Report of the Municipal Commissioner on the plague in Bombay for the year ending 31st May... - Volume 3
Disease focus: Plague
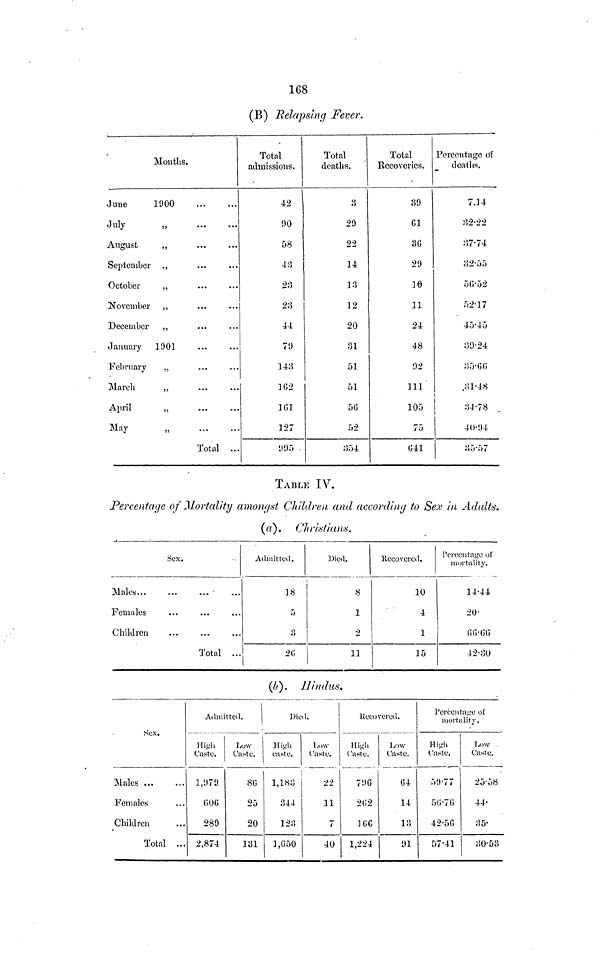
168
(B) Relapsing Fever.
Months.
June
1900
July
„
August
„
September .,
October
„
November ,,
December
,,
January
1901
February
.,
March
,,
April
„
May
„
Total ...
Total
admissions.
•
42
90
58
43
23
23
44.
79
143
162
161
327
995)
Total
deaths.
3
29
22
14
33
12
20
31
51
51
50
52
354
Total
Recoveries.
39
01
30
29
30
31
24
48
92
111
105
75
041
Percentage o~i!
deaths.
7.34
32-22
37-74
32-55
50-52
52-17
45-45
39-24
35-00
.31-48
3J-78
40-94
35-57
TABLE IV.
Percentage of Mortality amongst Children and according to Sex in Adidts.
(«). Christians.
Sex.
Males
•
Females
Children
Total ...
Admitted.
18
5
o
«>
26
Died.
8
1
2
11
Recovcrcd.
10
4
1
15
Percentage of
mortality.
14.44
20
66.66
42.30
(b).
Hindus.
Sex.
Males ...
Females
Children
Total ...
Admitted.
High
Caste.
1,979
606
289
2,874
Low
Caste.
80
25
20
131
Died.
High
caste.
1,183
344
123
1,650
Low
Caste.
22
11
7
40
Recovered.
High
Caste.
796
202
30C
1,224
Low
Caste.
64
14
13
91
Perćentage of
mortality.
High
Caste.
59.77
56.76
42.56
57-41
Low
Caste.
25.58
44.
35.
30.53